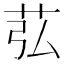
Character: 苰